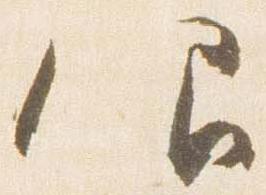
仰